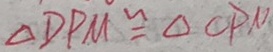
\Delta D P M \cong \Delta C P N